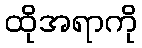
ထိုအရာကို